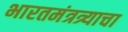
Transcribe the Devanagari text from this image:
भारतमंत्रत्र्याचा